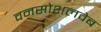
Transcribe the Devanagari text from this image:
वनसोशलवेब